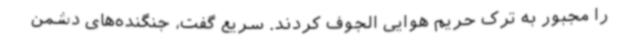
را مجبور به ترک حریم هوایی الجوف کردند. سریع گفت، جنگنده‌های دشمن